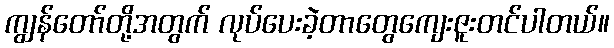
ကျွန်တော်တို့အတွက် လုပ်ပေးခဲ့တာတွေကျေးဇူးတင်ပါတယ်။